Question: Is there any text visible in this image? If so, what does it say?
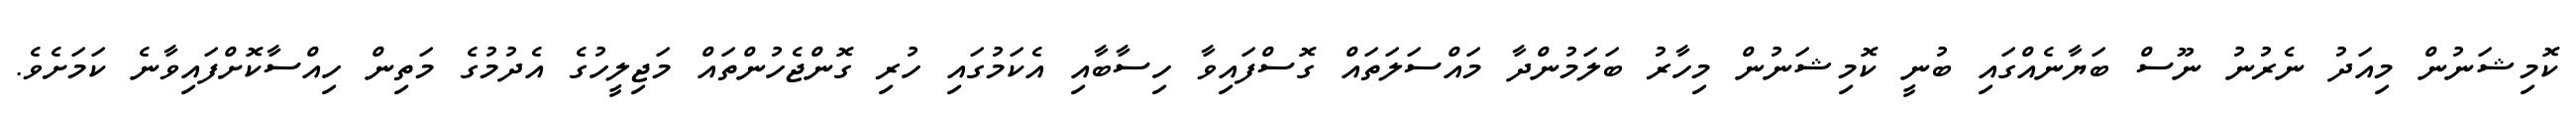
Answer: ކޮމިޝަނުން މިއަދު ނެރުނު ނޫސް ބަޔާނެއްގައި ބުނީ ކޮމިޝަނުން މިހާރު ބަލަމުންދާ މައްސަލަތައް ގޮސްފައިވާ ހިސާބާއި އެކަމުގައި ހުރި ގޮންޖެހުންތައް މަޖިލީހުގެ އެދުމުގެ މަތިން ހިއްސާކޮށްފައިވާނެ ކަމަށެވެ.